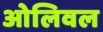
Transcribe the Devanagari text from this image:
ओलिवल